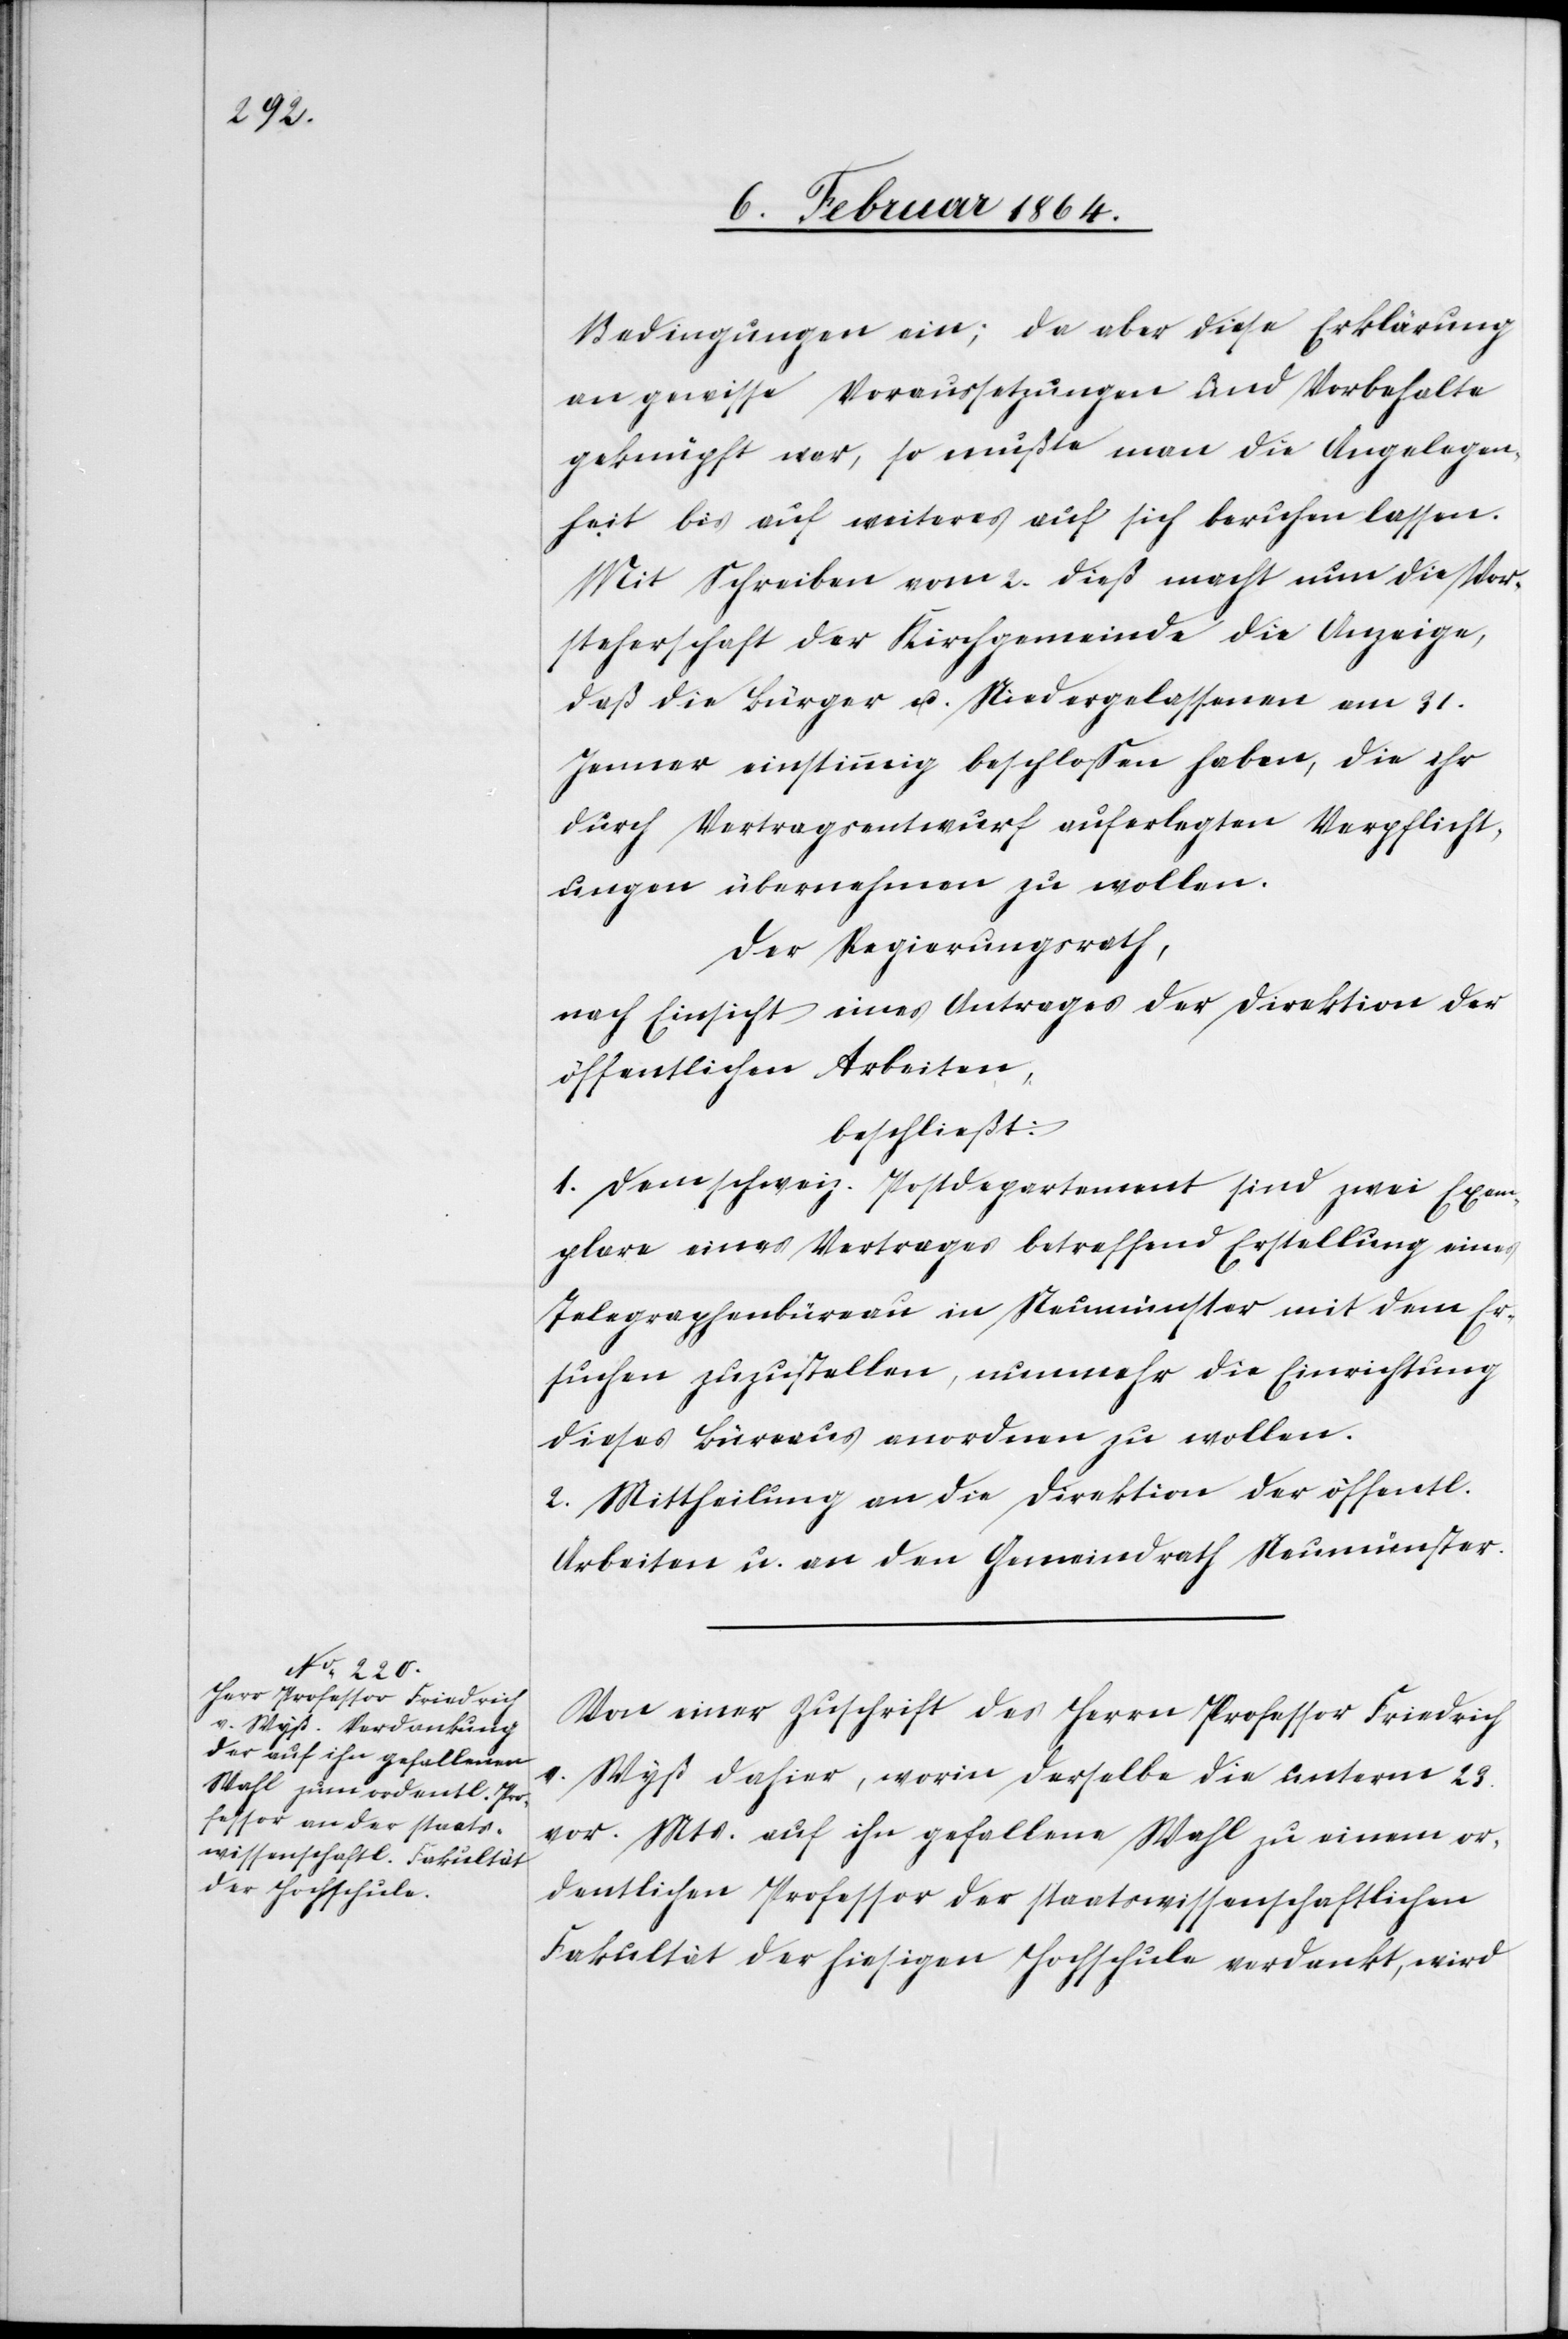
Bedingungen ein; da aber diese Erklärung
an gewisse Voraussetzungen und Vorbehalte
geknüpft war, so mußte man die Angelegen¬
heit bis auf weiteres auf sich beruhen lassen.
Mit Schreiben vom 2. dieß macht nun die Vor¬
steherschaft der Kirchgemeinde die Anzeige,
daß die Bürger u. Niedergelassenen am 31.
Januar einstimmig beschloßen haben, die ihr
durch Vertragsentwurf auferlegten Verpflicht¬
ungen übernehmen zu wollen.
Der Regierungsrath,
nach Einsicht eines Antrages der Direktion der
öffentlichen Arbeiten,
beschließt:
1. Dem schweiz. Postdepartement sind zwei Exem¬
plare eines Vertrages betreffend Erstellung eines
Telegraphenbüreau in Neumünster mit dem Er¬
suchen zuzustellen, nunmehr die Einrichtung
dieses Büreaus anordnen zu wollen.
2. Mittheilung an die Direktion der öffentl.
Arbeiten u. an den Gemeindrath Neumünster.
Von einer Zuschrift des Herrn Professor Friedrich
v. Wyß dahier, worin derselbe die unterm 23.
vor. Mts. auf ihn gefallene Wahl zu einem or¬
dentlichen Professor der staatswissenschaftlichen
Fakultät der hiesigen Hochschule verdankt, wird